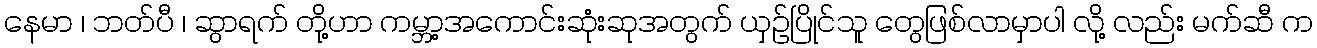
နေမာ ၊ ဘတ်ပီ ၊ ဆွာရက် တို့ဟာ ကမ္ဘာ့အကောင်းဆုံးဆုအတွက် ယှဉ်ပြိုင်သူ တွေဖြစ်လာမှာပါ လို့ လည်း မက်ဆီ က